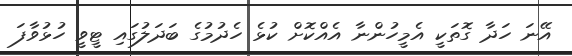
އޭނަ ހަދާ ގޮތަކީ އެމީހުންނާ އެއްކޮށް ކުޅެ ހެދުމުގެ ބަދަލުގައި ޓީވީ ހުޅުވާފަ